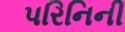
પરિનિની